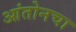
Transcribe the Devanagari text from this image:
आंतोनचा